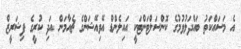
އެ މަސައްކަތު ބައްދަލުވުމުގެ ކޮންސަލްޓަންޓަކީ އައިލެންޑް އޭވިއޭޝަންގެ ޗެއާމަން އަދި ކުރީގެ ފިޝަރީޒް